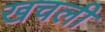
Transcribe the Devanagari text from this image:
खचली